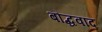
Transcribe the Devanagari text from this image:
बौद्धवाद